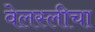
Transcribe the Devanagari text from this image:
वेलस्लीचा